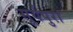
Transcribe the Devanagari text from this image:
सूर्यपुरा